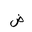
Letter: _dad